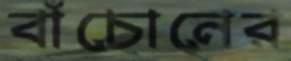
বাঁচোনের